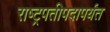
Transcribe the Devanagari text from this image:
राष्ट्रपतीपदापर्यंत